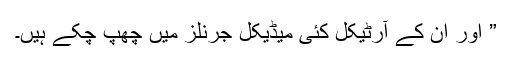
” اور ان کے آرٹیکل کئی میڈیکل جرنلز میں‌ چھپ چکے ہیں۔